Vaccination in the Punjab 1897-1904 - 1897-1904
Year: 1897
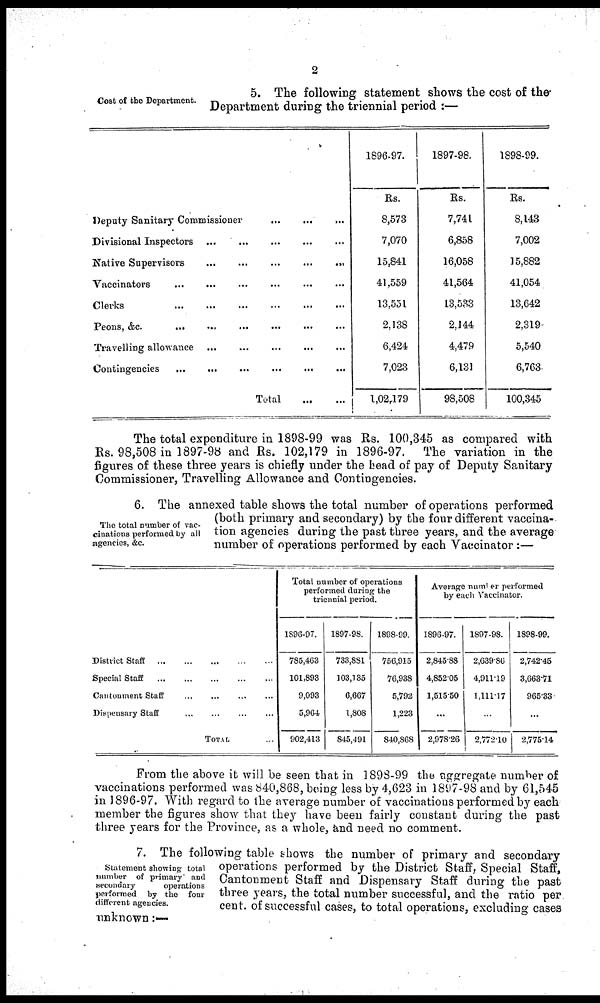
2
Cost of the Department.
5. The following statement shows the cost of the
Department during the triennial period :—
Deputy Sanitary Commissioner
...
...
...
Divisional Inspectors
...
...
...
...
...
Native Supervisors
...
...
...
...
...
Vaccinators ... ... ... ... ...
Clerks
...
...
...
...
...
Peons,
&c.
...
...
...
...
...
Travelling allowance ... ... ... ... ...
Contingencies ... ... ... ... ...
Total
...
1896-97.
Rs.
8,573
7,070
15,841
41,559
13,551
2,138
6,424
7,023
1,02,179
1897-98.
Rs.
7,741
6,858
16,058
41,564
13,533
2,144
4,479
6,131
98,508
1898-99.
Rs.
8,143
7,002
15,882
41,054
13,642
2,319
5,540
6,763
100,345
The total expenditure in 1898-99 was Rs. 100,345 as compared with
Rs. 98,508 in 1897-98 and Rs. 102,179 in 1896-97. The variation in the
figures of these three years is chiefly under the head of pay of Deputy Sanitary
Commissioner, Travelling Allowance and Contingencies.
The total number of vac-
cinations performed by all
agencies, &c.
6. The annexed table shows the total number of operations performed
(both primary and secondary) by the four different vaccina-
tion agencies during the past three years, and the average
number of operations performed by each Vaccinator:—
District Staff
...
...
...
...
...
Special Staff
...
...
...
...
...
Cantonment Staff ... ... ... ... ...
Dispensary Staff ... ... ... ... ...
TOTAL ...
Total number of operations
performed during the
triennial period.
1896-97.
785,463
101,893
9,093
5,964
902,413
1897-98.
733,881
103,135
6,667
1,808
845,491
1898-99.
756,915
76,938
5,792
1,223
840,868
Average number performed
by each Vaccinator.
1896-97.
2,845.88
4,852.05
1,515.50
...
2,978.26
1897-98.
2,639.86
4,911.19
1,111.17
...
2,772.10
1898-99.
2,742.45
3,663.71
965.33
...
2,775.14
From the above it will be seen that in 1898-99 the aggregate number of
vaccinations performed was 840,868, being less by 4,623 in 1897-98 and by 61,545
in 1896-97. With regard to the average number of vaccinations performed by each
member the figures show that they have been fairly constant during the past
three years for the Province, as a whole, and need no comment.
Statement showing total
number of primary and
secondary
operations
performed by the four
different agencies.
7. The following table shows the number of primary and secondary
operations performed by the District Staff, Special Staff,
Cantonment Staff and Dispensary Staff during the past
three years, the total number successful, and the ratio per
cent. of successful cases, to total operations, excluding cases
unknown:—